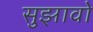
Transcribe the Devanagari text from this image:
सुझावो